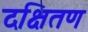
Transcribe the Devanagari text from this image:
दक्षितण